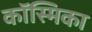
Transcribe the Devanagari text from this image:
कॉस्मिका